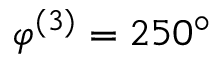
\varphi ^ { ( 3 ) } = 2 5 0 ^ { \circ }